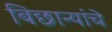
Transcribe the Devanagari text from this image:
बिछान्यांचे